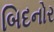
બિદનોર